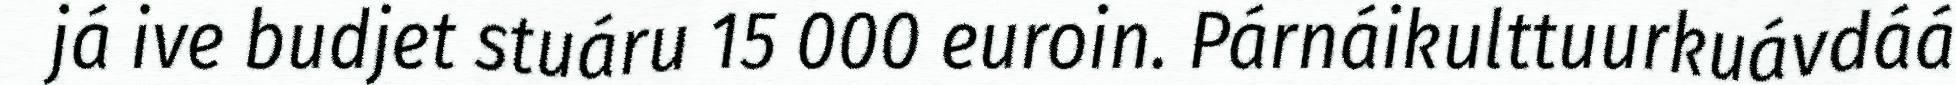
já ive budjet stuáru 15 000 euroin. Párnáikulttuurkuávdáá